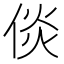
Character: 倓